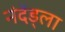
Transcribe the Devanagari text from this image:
नंदेंड्ला